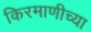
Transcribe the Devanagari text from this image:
किरमाणीच्या